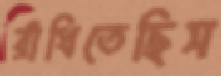
রাঁধিতেছিস